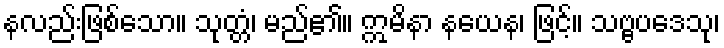
နလည်းဖြစ်သော။ သုတ္တံ၊ မည်၏။ ဣမိနာ နယေန၊ ဖြင့်။ သဗ္ဗပဒေသု၊